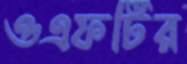
ওএফটির